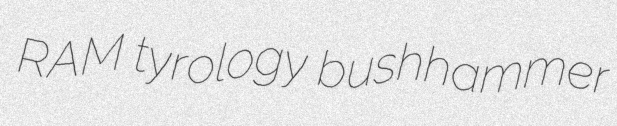
RAM tyrology bushhammer